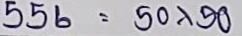
556 = 50 x 50